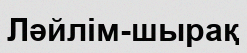
Ләйлім-шырақ